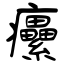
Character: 癳